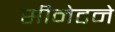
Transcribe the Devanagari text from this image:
सीनेटने